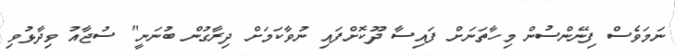
ނަމަވެސް ފިނޭންސުން މިހާތަނަށް ފައިސާ ދޫކޮށްފައި ނުވާކަމަށް ދިރާގުން ބުނަނީ" ސުޖާއު ވިދާޅުވި